Insane asylums in Bengal annual reports 1876-1887 - 1876-1887
Year: 1876
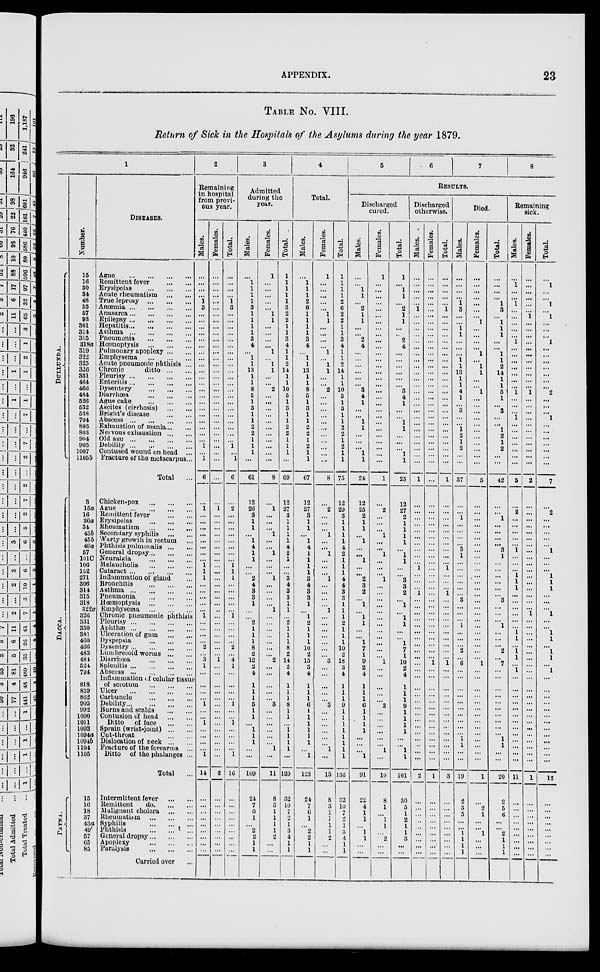
APPENDIX.
23
TABLE No. VIII.
Return of Sick in the Hospitals of the Asylums during the year 1879.
1
DULLUNDA.
DACCA.
PATNA.
Number.
15
16
30
34
48
55
57
93
301
314
315
318a
319
322
325
326
331
464
466
484
526
532
538
794
803
803
904
905
1007
1105b
3
15a
16
30a
34
43b
45b
49a
57
101C
106
152
271
306
314
315
318
322a
326
331
350
381
460
466
483
484
524
794
818
859
862
905
992
1000
1011
1093
1094a
1094b
1104
1105
15
16
18
37
43a
49'
57
65
85
DISEASES.
Ague
...
...
...
...
Remittent fever
...
...
Erysipelas
...
...
...
Acute rheumatism
...
...
True leprosy ... ... ... ...
Anœmia
...
...
...
...
Anasarca ... ... ... ...
Epilepsy
...
...
...
...
Hepatitis ... ... ... ...
Asthma
...
...
...
...
Pneumonia ... ... ...
Hœmoptysis
...
...
...
Pulmonary apoplexy ... ...
Emphysema
...
...
...
Acute pneumonic phthisis ...
Chronic
ditto
...
...
Pleurisy
...
...
...
...
Enteritis
...
...
...
...
Dysentery
...
...
...
Diarrhœa
...
...
...
Ague cake
...
...
...
Ascites (cirrhosis)
...
...
Bright's disease
...
...
Abscess
...
...
...
...
Exhaustion of mania ... ...
Nervous exhaustion ... ...
Old age
...
...
...
...
Debility
...
...
... ...
Contused wound on head ...
Fracture of the metacarpus...
Total ...
Chicken-pox ... ... ...
Ague
...
...
...
...
Remittent fever
...
...
Erysipelas
...
...
...
Rheumatism
...
...
...
Secondary syphilis
...
...
Warty growth in rectum ...
Phthisis pulmonalis
...
...
General dropsy ... ... ...
Neuralgia
...
...
...
Melancholia
...
...
...
Cataract
...
...
...
...
Inflammation of gland ...
Bronchitis
...
...
...
Asthma
...
...
...
...
Pneumonia
...
...
...
Hœmoptysis
...
...
...
Emphysema
...
...
...
Chronic pneumonic phthisis
Pleurisy
...
...
...
...
Aphthæ
...
...
...
...
Ulceration of gum
...
...
Dyspepsia
...
...
...
Dysentry
...
...
...
...
Lumbrecoid worms
...
...
Diarrhœa
...
...
...
Splenitis
...
...
...
...
Abscess
...
...
...
...
Inflammation of celular tissue
of scrotum
...
...
...
Ulcer
...
...
...
...
Carbuncle
Debility
...
...
...
...
Burns and scalds
...
...
Contusion of head
...
...
Ditto
of face
...
...
Sprain (wrist-joint)
...
...
Cut-throat
...
...
Dislocation of neck ... ...
Fracture of the forearms ...
Ditto of the phalanges ...
Total ...
Intermittent fever
...
...
Remittent
do
...
...
Malignant cholera
...
...
Rheumatism
...
...
...
Syphilis
...
...
...
Phthisis
...
...
...
General dropsy ... ... ...
Apoplexy
...
...
...
Paralysis
...
...
...
Carried over ...
2
Remaining
in hospital
from previ-
ous year.
Males.
...
...
...
...
1
3
...
...
...
...
...
...
...
...
...
...
...
...
...
...
...
...
...
...
...
...
...
1
...
1
6
...
1
...
...
...
...
...
...
...
...
1
1
1
...
...
...
...
...
1
...
...
...
...
2
...
3
1
...
...
...
...
1
...
...
1
...
...
...
...
1
14
...
...
...
...
...
...
...
...
...
Females.
...
...
...
...
...
...
...
...
...
...
...
...
...
...
...
...
...
...
...
...
...
...
...
...
...
...
...
...
...
...
...
...
1
...
...
...
...
...
...
...
...
...
...
...
...
...
...
...
..
...
...
...
...
...
...
...
1
...
...
...
...
...
...
...
...
...
...
...
...
...
...
2
...
...
...
...
...
...
...
...
...
Total.
...
...
...
...
1
3
...
...
...
...
...
...
...
...
...
...
...
...
...
...
...
...
...
...
...
...
...
1
...
1
6
...
2
...
...
...
...
...
...
...
...
1
1
1
...
...
...
...
...
1
...
...
...
...
2
...
4
1
...
...
...
...
1
...
...
1
...
...
...
...
1
16
...
...
...
...
...
...
..
...
...
3
Admitted
during the
year.
Males.
...
1
1
1
1
3
1
1
1
1
3
4
...
1
1
13
1
1
8
5
1
3
1
1
2
2
1
1
1
...
61
12
26
3
1
1
...
1
4
1
1
...
...
2
4
3
3
1
...
...
2
1
1
1
8
2
12
2
4
1
1
1
5
1
1
...
1
1
1
...
...
109
24
7
6
1
...
2
2
1
1
Females.
1
...
...
...
...
...
1
1
...
...
...
...
1
...
1
1
...
...
2
...
...
...
...
...
...
...
...
...
...
...
8
...
1
...
...
...
1
...
...
1
...
...
...
1
...
...
...
...
1
...
...
...
...
...
...
...
2
...
...
...
...
... 3
...
...
...
...
...
...
1
...
11
8
3
1
1
1
1
2
...
...
Total.
1
1
1
1
1
3
2
2
1
1
3
4
1
1
2
14
1
1
10
5
1
3
1
1
2
2
1
1
1
...
69
12
27
3
1
1
1
1
4
2
1
...
...
3
4
3
3
1
1
...
2
1
1
1
8
2
14
2
4
1
1
1
8
1
1
...
1
1
1
1
...
120
32
10
7
2
1
3
4
1
1
4
Total.
Males.
...
1
1
1
2
6
1
1
1
1
3
4
...
1
1
13
1
1
8
5
1
3
1
1
2
2
1
2
1
1
67
12
27
3
1
1
...
1
4
1
1
1
1
3
4
3
3
1
...
1
2
1
1
1
10
2
15
3
4
1
1
1
6
1
1
1
1
1
1
...
1
123
24
7
6
1
...
2
2
1
1
Females.
1
...
...
...
...
...
1
1
...
...
...
...
1
...
1
1
...
...
2
...
...
...
...
...
...
...
...
...
...
...
8
...
2
...
...
...
1
...
...
1
...
...
...
1
...
...
...
...
1
...
...
...
...
...
...
...
3
...
...
...
...
... 3
...
...
...
...
...
...
1
...
13
8
3
1
1
1
1
2
...
...
Total.
1
1
1
1
2
6
2
2
1
1
3
4
1
1
2
14
1
1
10
5
1
3
1
1
2
2
1
2
1 1
75
12
29
3
1
1
1
1
4
2
1
1
1
4
4
3
3
1
1
1
2
1
1
1
10
2
18
3
4
1
1
1
9
1
1
1
1
1
1
1
1
136
32
10
7
2
1
3
4
1
1
5
6 7
8
RESULTS.
Discharged
cured.
Males.
...
...
1
1
...
2
1
1
...
...
2
4
...
...
...
...
...
...
3
4
1
...
...
1
1
...
...
...
1
1
24
12
25
2
1
1
...
1
...
...
1
...
...
2
3
2
...
1
...
1
1
...
...
1
7
1
9
2
4
1
1
1
6
1
1
1
1
...
...
...
1
91
22
4
1
1
...
1
1
...
...
Females.
1
...
...
...
...
...
...
...
...
...
...
...
...
...
...
...
...
...
...
...
...
...
...
...
...
...
...
...
...
...
1
...
2
...
...
...
1
...
...
1
...
... ...
1
...
...
...
...
...
...
...
...
...
...
...
...
1
...
...
...
...
... 3
...
...
... ...
...
...
1
...
10
8
1
...
1
1
...
2
...
...
Total.
1
...
1
1
...
2
1
1
...
..
2
4
...
...
...
...
...
...
3
4
1
...
...
1
1
...
...
...
1
1
25
12
27
2
1
1
1
1
...
1
1
...
...
3
3
2
...
1
...
1
1
...
...
1
7
1
10
2
4
1
1
1
9
1
1
1
1
...
...
1
1
101
30
5
1
2
1
1
3
...
...
Discharged
otherwise.
Males.
...
...
...
...
...
1
...
...
...
...
...
...
...
...
...
...
...
...
...
...
...
...
...
...
...
...
...
...
...
...
1
...
...
...
...
...
...
...
...
...
...
1
...
...
...
1
...
...
...
...
...
...
...
...
...
...
...
...
...
...
...
... ...
...
...
...
...
...
...
...
...
2
...
...
...
..
...
...
...
...
...
Females.
...
...
...
...
...
...
...
...
...
...
...
...
...
...
...
...
...
...
...
...
...
...
...
...
...
...
...
...
...
...
...
...
...
...
...
...
...
...
...
...
...
...
...
...
...
...
...
...
...
...
...
...
...
...
...
...
1
...
...
...
...
...
...
...
...
...
...
...
...
...
...
1
...
...
...
...
...
...
...
...
...
Total.
...
...
...
...
...
1
...
...
...
...
...
...
...
...
...
...
...
...
...
...
...
...
...
...
...
...
...
...
...
1
...
...
...
...
...
...
...
...
...
...
1
...
...
...
1
...
...
...
...
...
...
...
...
...
...
1
...
...
...
...
...
...
...
...
...
...
...
...
...
...
3
...
...
...
...
...
...
...
...
...
Died.
Males.
...
...
...
...
1
3
...
...
1
1
...
...
...
1
1
13
1
1
4
1
...
3
...
...
1
2
1
2
...
...
37
...
...
1
...
...
...
...
3
1
...
...
...
...
...
...
3
...
...
...
1
...
...
...
2
...
6
...
...
...
...
... ...
...
...
...
...
1
1
...
...
19
2
3
5
...
...
1
1
1
1
Females.
...
...
...
...
...
...
...
1
...
...
...
...
1
...
1
1
...
...
1
...
...
...
...
...
...
...
...
...
...
...
5
...
...
...
...
...
...
...
...
...
...
...
...
...
...
...
...
...
...
...
...
...
...
...
...
...
1
...
...
...
...
...
...
...
...
...
...
...
...
...
...
1
...
2
1
...
...
1
...
...
...
Total.
...
...
...
...
1
3
...
1
1
1
...
...
1
1
2
14
1
1
5
1
...
3
...
...
1
2
1
2
...
...
42
...
...
1
...
...
...
...
3
1
...
...
...
...
...
...
3
...
...
...
1
...
...
...
2
...
7
...
...
...
...
... ...
...
...
...
...
1
1
...
...
20
2
5
6
...
...
2
1
1
1
Remaining
sick.
Males.
...
1
...
...
1
...
...
...
...
...
1
...
...
...
...
...
...
...
1
...
...
...
1
...
...
...
...
...
...
...
5
...
2
...
...
...
...
...
1
...
...
...
1
1
1
...
...
...
...
...
...
1
1
...
1
1
...
1
...
...
...
... ...
...
...
...
...
...
...
...
...
11
...
...
...
...
...
...
...
...
...
Females.
...
...
...
...
...
...
1
...
...
...
...
...
...
...
...
...
...
...
1
...
...
...
...
...
...
...
...
...
...
...
2
...
...
...
... ...
...
...
...
...
...
...
...
...
...
...
...
...
1
...
...
...
...
...
...
...
...
...
...
...
...
...
...
...
...
...
...
...
...
...
...
1
...
...
...
...
...
...
...
...
...
Total.
...
1
...
...
1
...
1
...
...
...
1
...
...
...
...
...
...
...
2
...
...
...
1
...
...
...
...
...
...
...
7
2
...
...
...
...
...
1
...
...
...
1
1
1
...
...
...
1
...
...
1
1
...
1
1
...
1
...
...
...
...
...
...
...
...
...
...
...
...
...
12
...
...
...
...
...
...
...
...
...